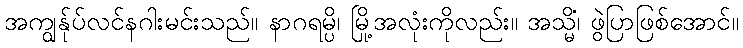
အကျွန်ုပ်လင်နဂါးမင်းသည်။ နာဂရမ္ပိ၊ မြို့အလုံးကိုလည်း။ အသ္မိံ၊ ဖွဲပြာဖြစ်အောင်။